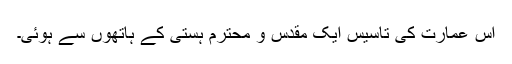
اس عمارت کی تاسیس ایک مقدس و محترم ہستی کے ہاتھوں سے ہوئی۔